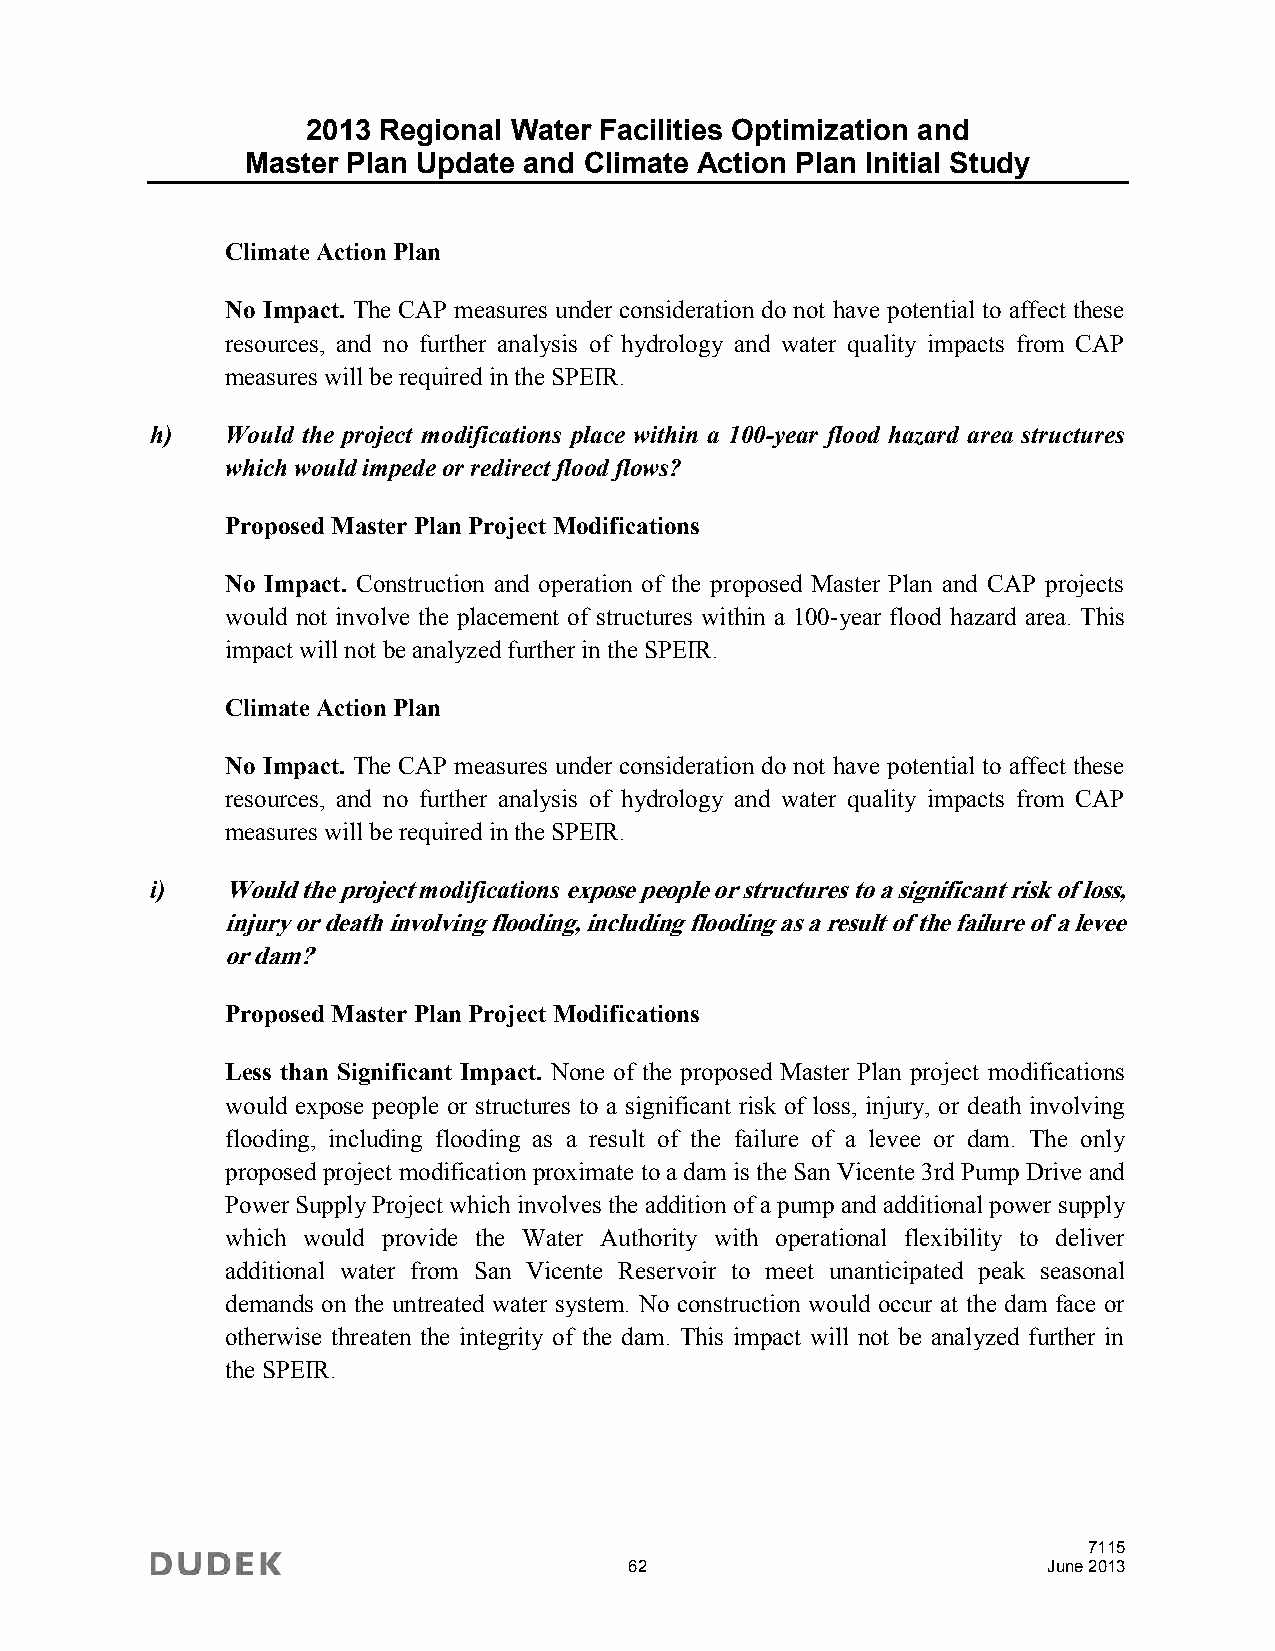
2013 Regional Water Facilities Optimization and
 Master Plan Update and Climate Action Plan Initial Study
 Climate Action Plan
 No Impact. The CAP measures under consideration do not have potential to affect these
 resources, and no further analysis of hydrology and water quality impacts from CAP
 measures will be required in the SPEIR.
 h)   Would the project modifications place within a 100-year flood hazard area structures
 which would impede or redirect flood flows?
 Proposed Master Plan Project Modifications
 No Impact. Construction and operation of the proposed Master Plan and CAP projects
 would not involve the placement of structures within a 100-year flood hazard area. This
 impact will not be analyzed further in the SPEIR.
 Climate Action Plan
 No Impact. The CAP measures under consideration do not have potential to affect these
 resources, and no further analysis of hydrology and water quality impacts from CAP
 measures will be required in the SPEIR.
 i)   Would the project modifications expose people or structures to a significant risk of loss,
 injury or death involving flooding, including flooding as a result of the failure of a levee
 or dam?
 Proposed Master Plan Project Modifications
 Less than Significant Impact. None of the proposed Master Plan project modifications
 would expose people or structures to a significant risk of loss, injury, or death involving
 flooding, including flooding as a result of the failure of a levee or dam. The only
 proposed project modification proximate to a dam is the San Vicente 3rd Pump Drive and
 Power Supply Project which involves the addition of a pump and additional power supply
 which would provide the Water Authority with operational flexibility to deliver
 additional water from San Vicente Reservoir to meet unanticipated peak seasonal
 demands on the untreated water system. No construction would occur at the dam face or
 otherwise threaten the integrity of the dam. This impact will not be analyzed further in
 the SPEIR.
 7115
 62                         June 2013